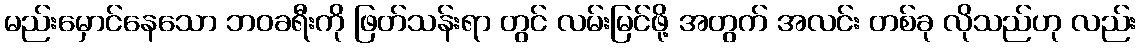
မည်းမှောင်နေသော ဘဝခရီးကို ဖြတ်သန်းရာ တွင် လမ်းမြင်ဖို့ အတွက် အလင်း တစ်ခု လိုသည်ဟု လည်း